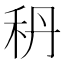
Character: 𥝳